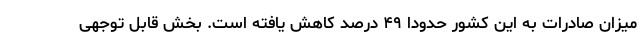
میزان صادرات به این کشور حدودا ۴۹ درصد کاهش یافته است. بخش قابل توجهی